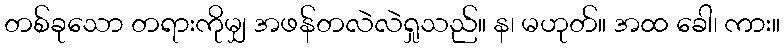
တစ်ခုသော တရားကိုမျှ အဖန်တလဲလဲရှုသည်။ န၊ မဟုတ်။ အထ ခေါ၊ ကား။